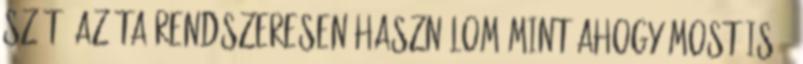
szét. Azóta rendszeresen használom mint ahogy most is :